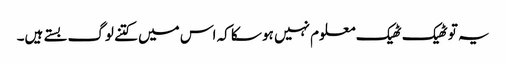
یہ تو ٹھیک ٹھیک معلوم نہیں ہو سکا کہ اس میں کتنے لوگ بستے ہیں۔